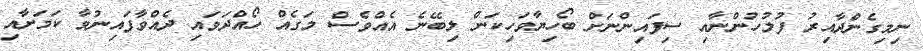
ނިމިގެންދާއިރު ފުލުހުންނާއި ސިފައިންނަށް ބޯހިޔާވަހިކަން ލިބޭނެ އެއްވެސް މަގެއް ހޯއްދަވައި ދެއްވާފައިނުވާ ކަމަށާއި